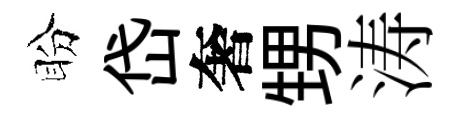
盼岱奢甥涛